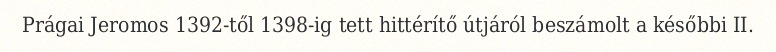
Prágai Jeromos 1392-től 1398-ig tett hittérítő útjáról beszámolt a későbbi II.